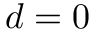
d = 0